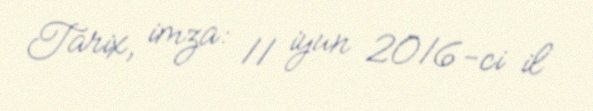
Tarix, imza: 11 iyun 2016-ci il